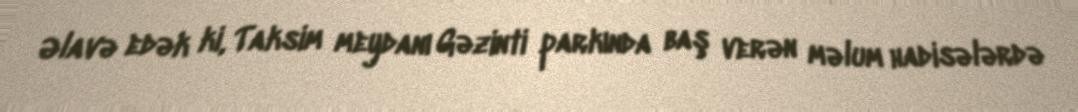
Əlavə edək ki, Taksim meydanı Gəzinti parkında baş verən məlum hadisələrdə